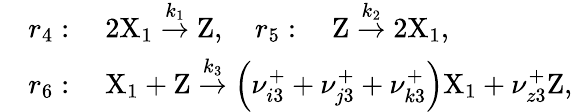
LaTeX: \begin{array}{rl}&{r_{4}:\quad 2\mathrm{X}_{1}\stackrel{k_{1}}{\rightarrow}\mathrm{Z},\quad r_{5}:\quad\mathrm{Z}\stackrel{k_{2}}{\rightarrow}2\mathrm{X}_{1},}\\ &{r_{6}:\quad\mathrm{X}_{1}+\mathrm{Z}\stackrel{k_{3}}{\rightarrow}\left(\nu_{i3}^{+}+\nu_{j3}^{+}+\nu_{k3}^{+}\right)\mathrm{X}_{1}+\nu_{z3}^{+}\mathrm{Z},}\end{array}